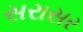
સરાસર